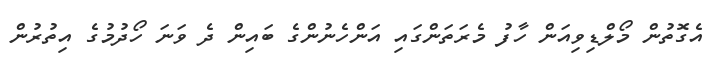
އެގޮތުން މޯލްޑިވިއަން ހާފު މެރަތަންގައި އަންހެނުންގެ ބައިން ދެ ވަނަ ހޯދުމުގެ އިތުރުން